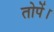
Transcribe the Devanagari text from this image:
तोपें।